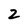
Character: 2